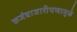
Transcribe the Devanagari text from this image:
कर्जबाजारीपणामुळे